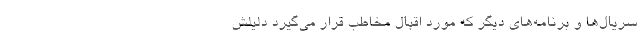
سریال‌ها و برنامه‌های دیگر که مورد اقبال مخاطب قرار می‌گیرد دلیلش